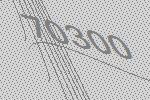
70300